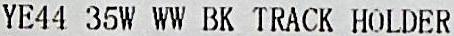
YE44 35W WW BK TRACK HOLDER